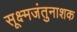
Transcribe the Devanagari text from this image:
सूक्ष्मजंतुनाशक